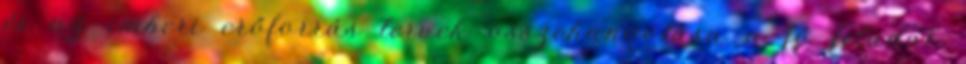
és az emberi erőforrás tervek összehangolása a fő feladat.